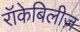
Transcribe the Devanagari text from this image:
रॉकेबिलीज़